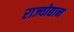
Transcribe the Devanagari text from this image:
राज्योद्यान